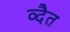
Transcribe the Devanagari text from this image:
व्दैत